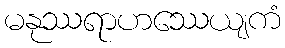
မနုဿရာဟဿေယျကံ